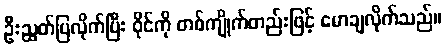
ဦးညွတ်ပြလိုက်ပြီး ဝိုင်ကို တစ်ကျိုက်တည်းဖြင့် မောချလိုက်သည်။